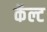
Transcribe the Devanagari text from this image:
कॅल्ट